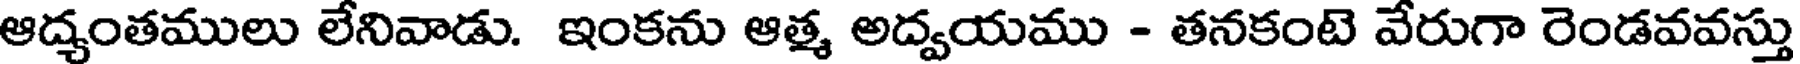
ఆద్యంతములు లేనివాడు. ఇంకను ఆత్మ అద్వయము - తనకంటె వేరుగా రెండవవస్తు